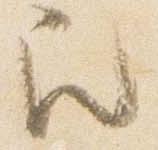
召